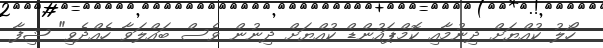
ހޯލު ކުއްޔަށް ދިނުމާއި ކޮމްޕައުންޑް ކުއްޔަށް ދިނުން ވެސް ބައްލަވާ ހެއްދެވި" ޝިފާ